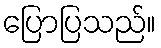
ပြောပြသည်။